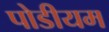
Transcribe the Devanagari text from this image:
पोडीयम